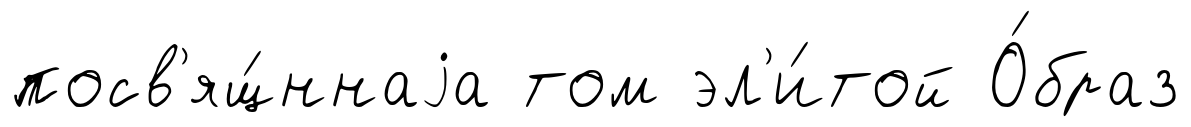
посв'ящ́ннаjа том эл'и́той О́браз